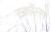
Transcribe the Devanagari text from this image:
स्क्रॉल्स